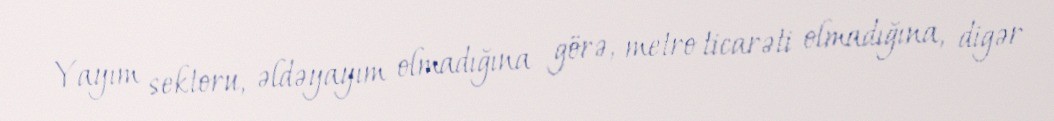
Yayım sektoru, əldəyayım olmadığına görə, metro ticarəti olmadığına, digər